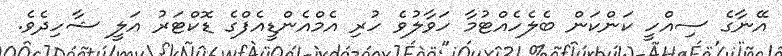
އޭނާގެ ސިއްހީ ކަންކަން ބެލެހެއްޓުމާ ހަވާލުވެ ހުރި އެމްއެންޑީއެފްގެ ޑޮކްޓަރު އަލީ ޝާހިދެވެ.